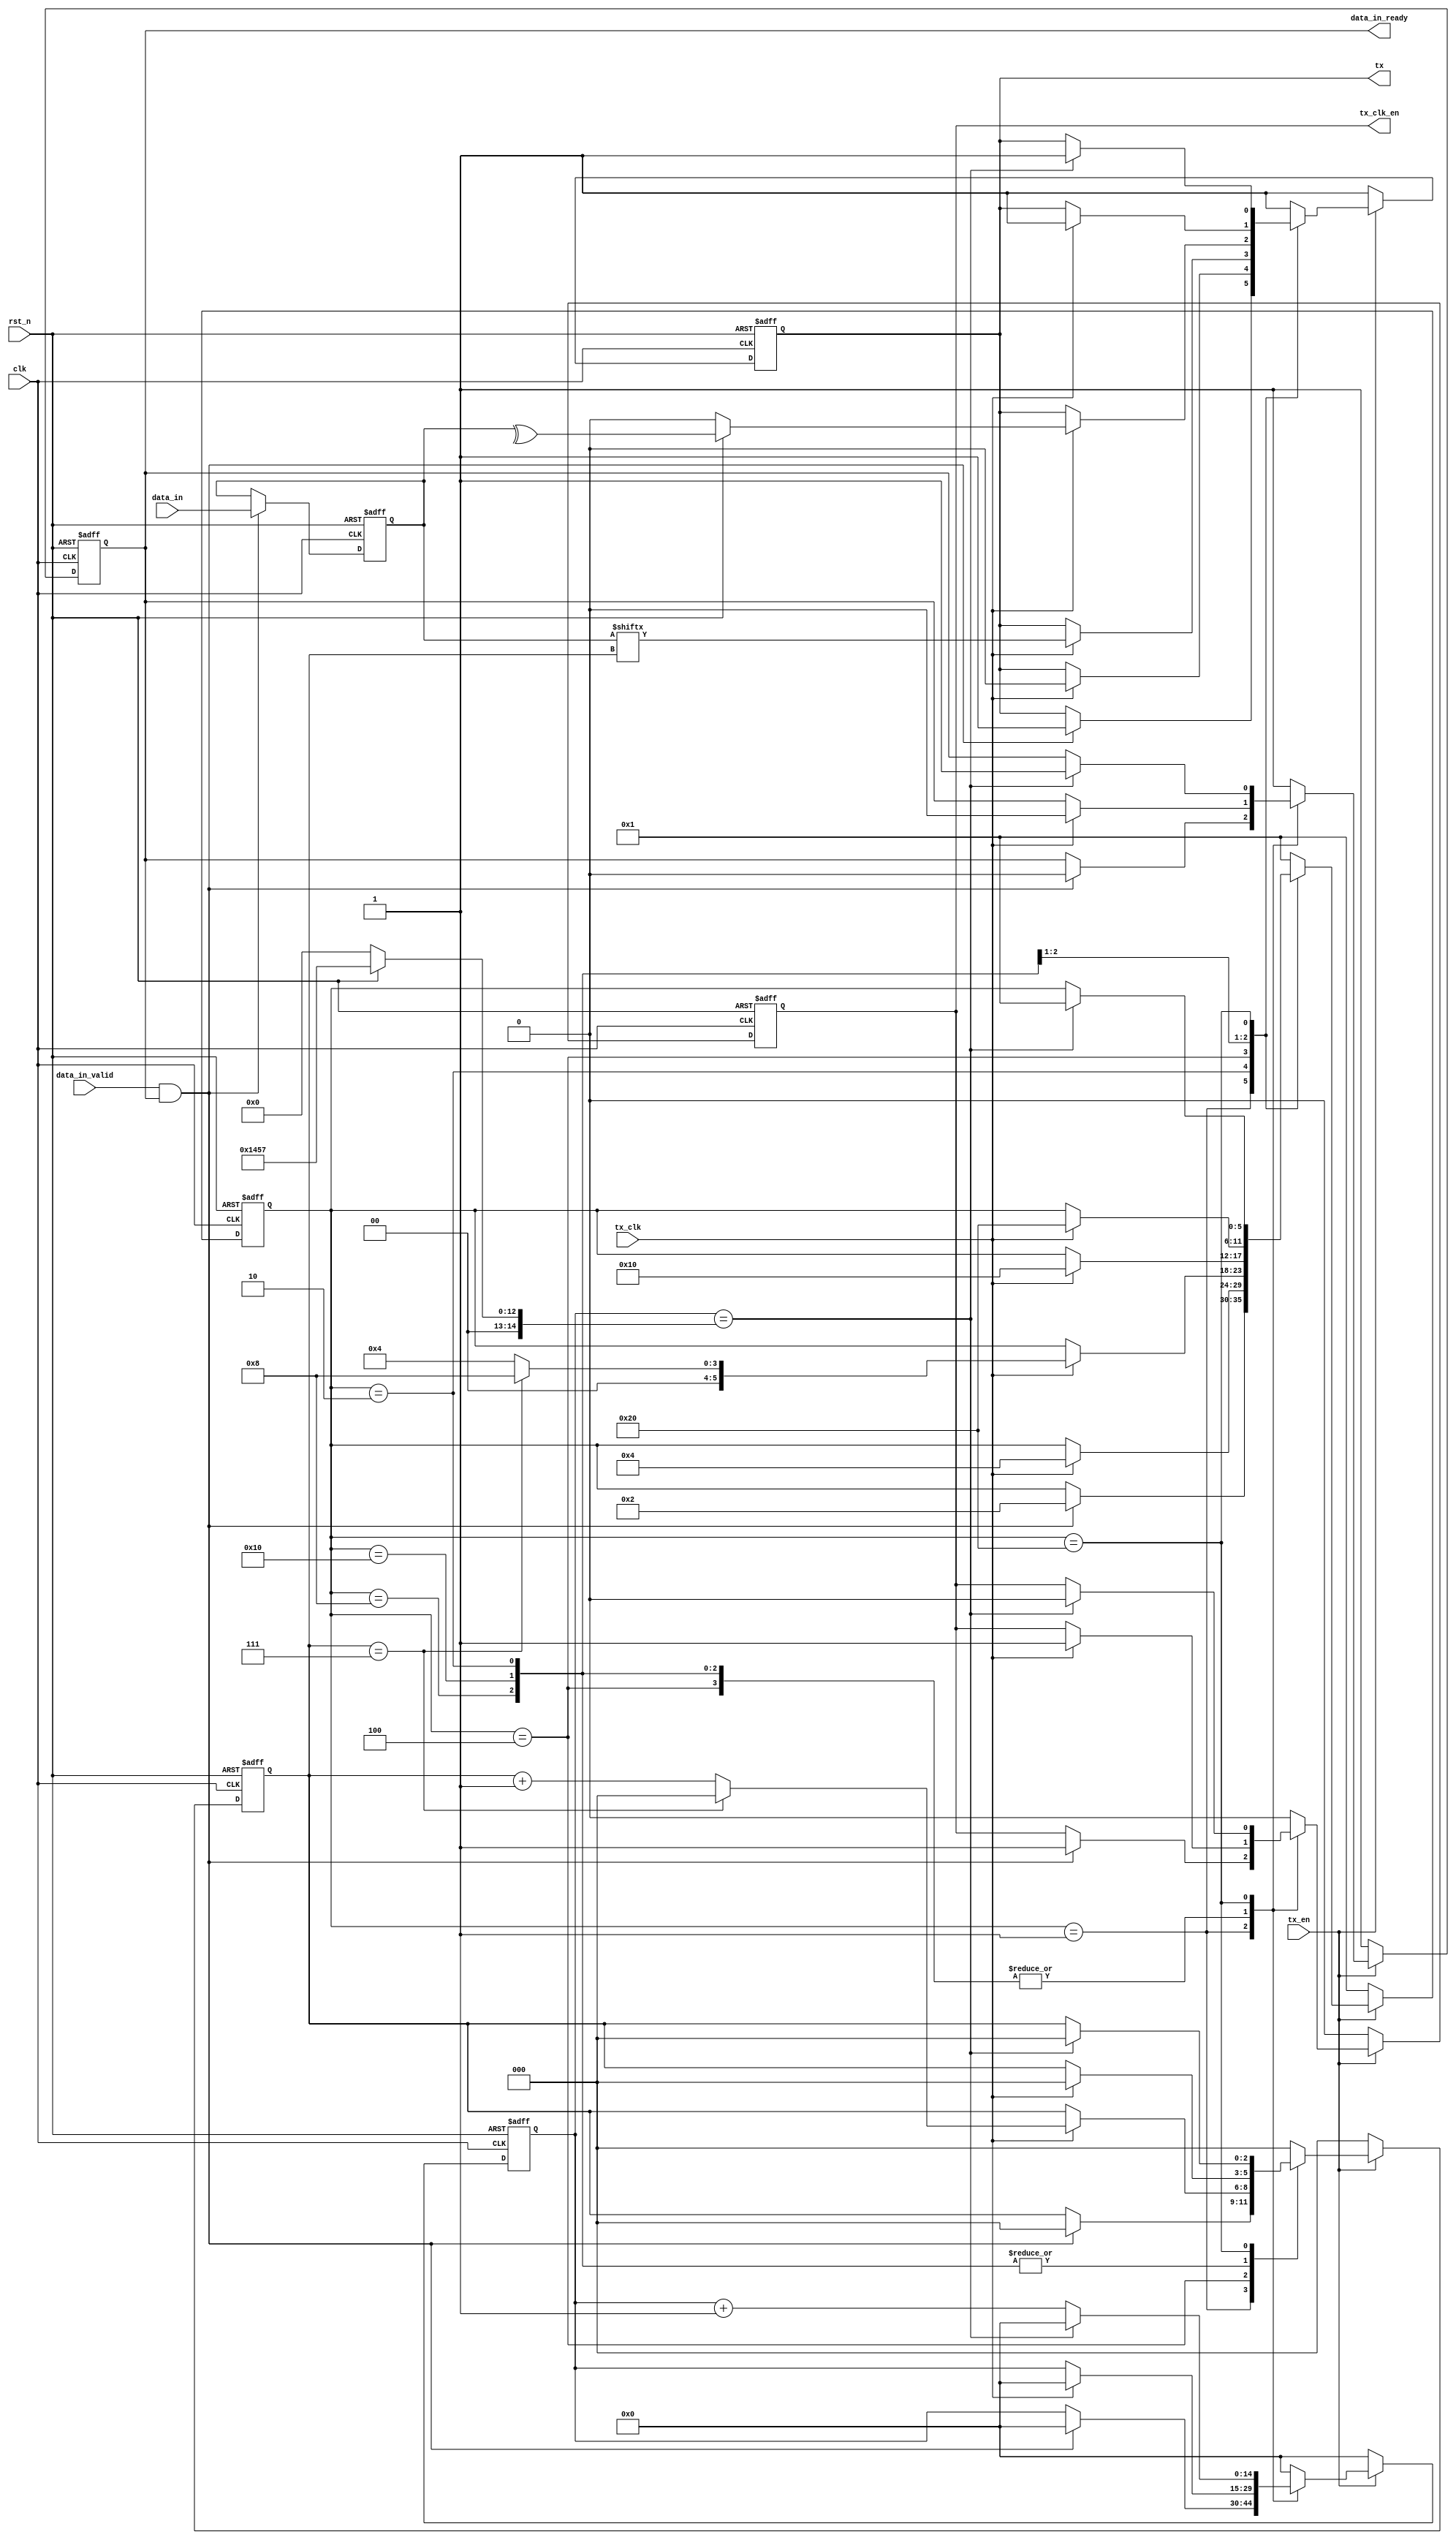
/*************************************************************/
//function: UART
//Data    : 2022.9.2
//Version : V 1.1
/*************************************************************/
`timescale 1 ns / 1 ps

module uart_tx (clk,rst_n,tx_en,tx_clk,data_in,data_in_valid,data_in_ready,tx,tx_clk_en);
input clk;                         /**/
input rst_n;                       /**/
input tx_en;                       /*,*/
input tx_clk;                      /**/
input [7:0] data_in;               /**/
input data_in_valid;               /*,*/
output reg data_in_ready;          /*UART,data_in_ready,UART,data_in_ready;data_in_ready=1,UART*/
output reg tx;                     /*FPGAUART*/
output reg tx_clk_en;              /*,*/

/************************************************/
parameter system_clk=50_000000;    /**/
parameter band_rate=9600;          /**/
parameter data_bits=8;             /*,5-8*/
parameter check_mode=1;            /*check_mode=0-,check_mode=1-,check_mode=2-,check_mode=3-0,check_mode=4-1*/
parameter stop_mode=0;             /*stop_mode=01,stop_mode=11.5,stop_mode=22*/
localparam N=system_clk/band_rate; /*bit*/
/************************************************************/



/***********************data_in**********************/
wire data_in_effect;/*,*/
reg [data_bits-1:0] data;

assign data_in_effect=data_in_valid&&data_in_ready;

always@(posedge clk or negedge rst_n)
begin
  if(!rst_n)
    data<=0;
  else if(data_in_effect)/**/
    data<=data_in[data_bits-1:0];
  else/*,UART,*/
    data<=data;
end
/************************************************************/



/**************************************************/
reg bit_check; /**/

always@(*)
begin
  if(!rst_n)
    bit_check=1'b0;
  else
    begin
      case(check_mode)
        3'd0 : bit_check=1'b0;   /**/
        3'd1 : bit_check=^data;  /**/
        3'd2 : bit_check=^~data; /**/
        3'd3 : bit_check=1'b0;   /*0*/
        3'd4 : bit_check=1'b1;   /*1*/
        default:bit_check=1'b0;
      endcase
    end
end
/************************************************************/



/**************************************************/
reg [$clog2(2*N-1):0] stop_time;

always@(*)
begin
  if(!rst_n)
    stop_time=0;
  else
    begin
      case(stop_mode)
        2'd0 : stop_time=N-1;      /*1*/
        2'd1 : stop_time=3*N/2-1;  /*1.5*/
        2'd2 : stop_time=2*N-1;    /*2*/
        default:stop_time=0;
      endcase
    end
end
/************************************************************/



/*************************TX*************************/
reg [5:0] tx_state; /*UART*/
reg [2:0] data_cnt;
reg [$clog2(2*N-1):0] stop_cnt;

always@(posedge clk or negedge rst_n)
begin
  if(!rst_n)
    begin
      tx_state<=6'b000001;
      data_in_ready<=1'b1;
      tx_clk_en<=1'b0;
      stop_cnt<=0;
      data_cnt<=0;
      tx<=1'b1;  
    end
  else if(tx_en)
    begin
      case(tx_state)
        6'b000001 : begin/**/
                      if(data_in_effect)
                        begin
                          tx_state<=6'b000010;
                          data_in_ready<=1'b0;
                          tx_clk_en<=1'b1;
                          stop_cnt<=0;	
                          data_cnt<=0;					 
                          tx<=1'b1;					 
                        end
                      else
                        begin
                          tx_state<=tx_state;
                          data_in_ready<=data_in_ready;
                          tx_clk_en<=tx_clk_en;
                          stop_cnt<=stop_cnt;
                          data_cnt<=data_cnt;
                          tx<=tx;
                        end
                    end
        6'b000010 : begin/**/
                      if(tx_clk)
                        begin
                          tx_state<=6'b000100;
                          data_in_ready<=1'b0;
                          tx_clk_en<=1'b1;
                          stop_cnt<=0;
                          data_cnt<=0;
                          tx<=1'b0;
                        end
                      else
                        begin
                          tx_state<=tx_state;
                          data_in_ready<=data_in_ready;
                          tx_clk_en<=tx_clk_en;
                          stop_cnt<=stop_cnt;
                          data_cnt<=data_cnt;
                          tx<=tx;
                        end
                    end
        6'b000100 : begin/*(LSBMSB)*/
                      if(tx_clk)
                        begin
                          data_in_ready<=1'b0;
                          tx_clk_en<=1'b1;
                          stop_cnt<=0;
                          if(data_cnt==data_bits-1)
                            begin
                              data_cnt<=3'd0;
                              tx<=data[data_cnt];
                              if(check_mode==3'd0)
                                tx_state<=6'b010000;
                              else
                                tx_state<=6'b001000;
                            end
                          else
                            begin 
                              data_cnt<=data_cnt+3'd1;
                              tx<=data[data_cnt];
                              tx_state<=6'b000100;					     
                            end
                        end
                      else
                        begin
                          tx_state<=tx_state;
                          data_in_ready<=data_in_ready;
                          tx_clk_en<=tx_clk_en;
                          stop_cnt<=stop_cnt;
                          data_cnt<=data_cnt;
                          tx<=tx;
                        end
                    end			   
        6'b001000 : begin/**/
                      if(tx_clk)
                        begin
                          tx_state<=6'b010000;
                          data_in_ready<=1'b0;
                          tx_clk_en<=1'b1;
                          stop_cnt<=0;
                          data_cnt<=0;
                          tx<=bit_check;					   
                        end
                      else
                        begin
                          tx_state<=tx_state;
                          data_in_ready<=data_in_ready;
                          tx_clk_en<=tx_clk_en;
                          stop_cnt<=stop_cnt;
                          data_cnt<=data_cnt;
                          tx<=tx;
                        end
                    end
        6'b010000 : begin/**/
                      if(tx_clk)
                        begin
                          tx_state<=6'b100000;
                          data_in_ready<=1'b0;
                          tx_clk_en<=1'b1;
                          stop_cnt<=0;
                          data_cnt<=0;
                          tx<=1'b1;
                        end
                      else
                        begin
                          tx_state<=tx_state;
                          data_in_ready<=data_in_ready;
                          tx_clk_en<=tx_clk_en;
                          stop_cnt<=stop_cnt;
                          data_cnt<=data_cnt;
                          tx<=tx;
                        end		         
                    end		
        6'b100000 : begin
                      if(stop_cnt==stop_time)
                        begin
                          tx_state<=6'b000001;
                          data_in_ready<=1'b1;
                          tx_clk_en<=1'b0;
                          stop_cnt<=0;
                          data_cnt<=0;
                          tx<=1'b1;
                        end
                      else
                        begin
                          tx_state<=tx_state;
                          data_in_ready<=data_in_ready;
                          tx_clk_en<=tx_clk_en;
                          stop_cnt<=stop_cnt+1;
                          data_cnt<=data_cnt;
                          tx<=tx;
                        end
                    end			   
        default:begin
                  tx_state<=6'b000001;
                  data_in_ready<=1'b1;
                  tx_clk_en<=1'b0;
                  stop_cnt<=0;
                  data_cnt<=0;
                  tx<=1'b1;		
                end
	  endcase
    end	
  else
    begin
      tx_state<=6'b000001;
      data_in_ready<=1'b1;
      tx_clk_en<=1'b0;
      stop_cnt<=0;
      data_cnt<=0;
      tx<=1'b1;  
    end
end
/************************************************************/

endmodule